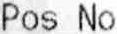
POS NO